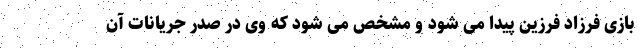
بازی فرزاد فرزین پیدا می شود و مشخص می شود که وی در صدر جریانات آن